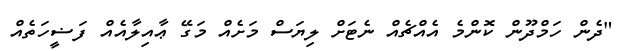
"ދެން ހަމްދޫން ކޮންމެ އެއްޗެއް ނެޓަށް ލިޔަސް މަށެއް މަގޭ ޢާއިލާއެއް ފަޟީހަތެއް